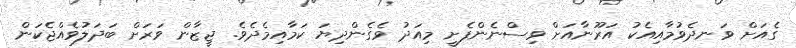
ގެއަށް ވަނދެވުމާއިއެކު އަރޫނާއަށް ވިސްނެންފެށީ މިއަދު ވެގެންދިޔަ ކަމާއިމެދެވެ. ޖީޒާން ވަރަށް ބަދަލުވެއްޖެކަން